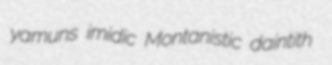
yamuns imidic Montanistic daintith